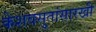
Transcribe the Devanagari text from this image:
केशवसुतांसारखी